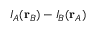
I _ { A } ( { \bf r } _ { B } ) - I _ { B } ( { \bf r } _ { A } )